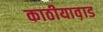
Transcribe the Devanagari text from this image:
काठीयाव़ाड